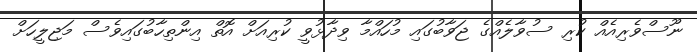
ނޫސްވެރިއެއް ކުރި ސުވާލެއްގެ ޖަވާބުގައި މުހައްމާ ވިދާޅުވީ ކުރިއަށް އޮތް އިންތިހާބުގައިވެސް މަޖިލީހަށް